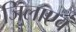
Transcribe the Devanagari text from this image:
जिलाएवं